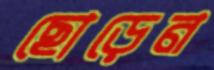
ছোড়েন